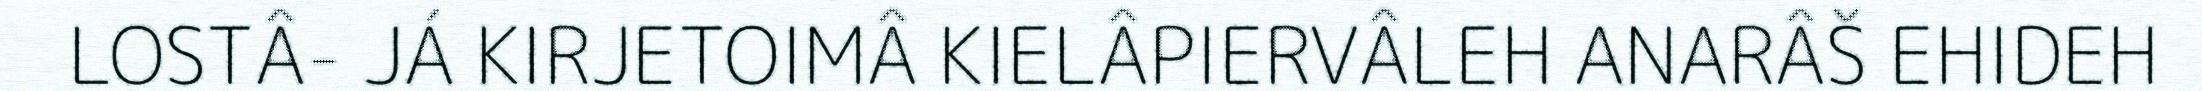
LOSTÂ- JÁ KIRJETOIMÂ KIELÂPIERVÂLEH ANARÂŠ EHIDEH